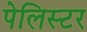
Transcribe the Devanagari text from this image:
पेलिस्टर